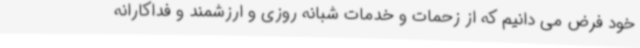
خود فرض می دانیم که از زحمات و خدمات شبانه روزی و ارزشمند و فداکارانه